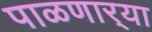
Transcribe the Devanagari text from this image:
पाळणार्‍या